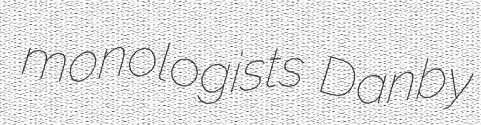
monologists Danby